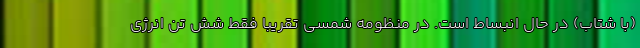
(با شتاب) در حال انبساط است. در منظومه شمسی تقریباً فقط شش تن انرژی